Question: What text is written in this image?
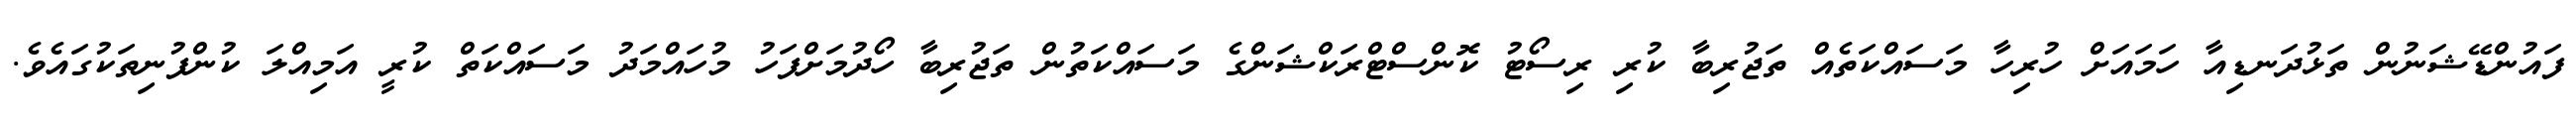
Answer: ފައުންޑޭޝަނުން ތަޅުދަނޑިއާ ހަމައަށް ހުރިހާ މަސައްކަތެއް ތަޖުރިބާ ކުރި ރިސޯޓު ކޮންސްޓްރަކްޝަންގެ މަސައްކަތުން ތަޖުރިބާ ހޯދުމަށްފަހު މުހައްމަދު މަސައްކަތް ކުރީ އަމިއްލަ ކުންފުނިތަކުގައެވެ.